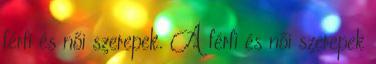
férfi és női szerepek. A férfi és női szerepek